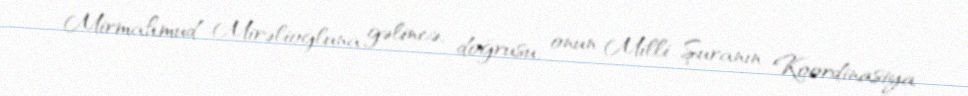
Mirmahmud Mirəlioğluna gəlincə, doğrusu, onun Milli Şuranın Koordinasiya